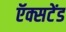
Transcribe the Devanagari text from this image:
ऍक्सटेंड